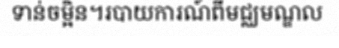
ទាន់ចម្អិន។របាយការណ៍ពីមជ្ឈមណ្ឌល